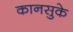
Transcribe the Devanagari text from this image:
कानसुके